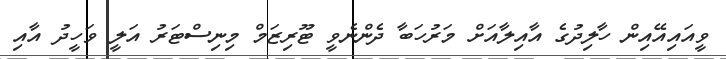
ވީއައިއޭއިން ހާލިދުގެ އާއިލާއަށް މަރުހަބާ ދެންނެވީ ޓޫރިޒަމް މިނިސްޓަރު އަލީ ވަހީދު އާއި